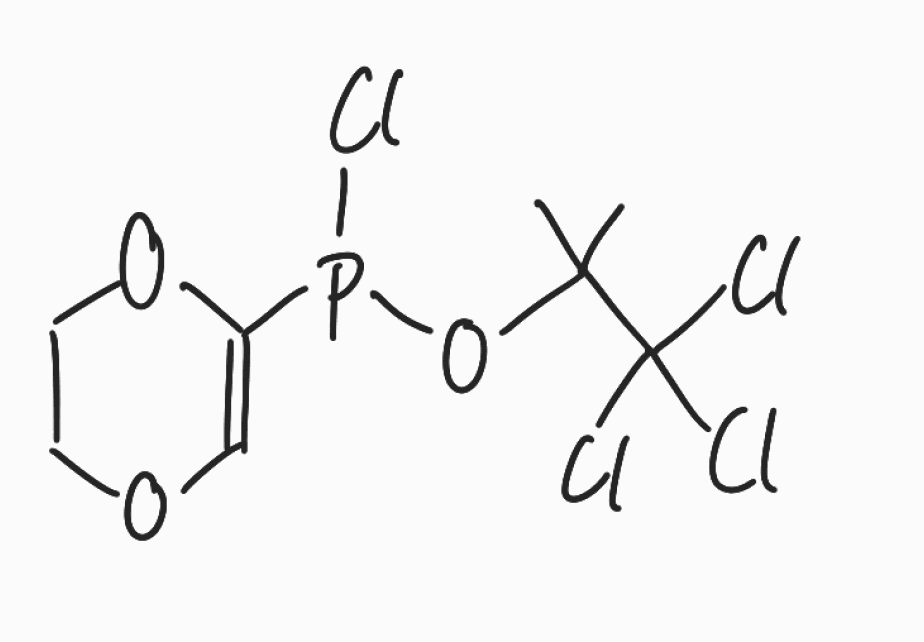
Simplified molecular-input line-entry system (SMILES) notation of the given molecule:
CC(C)(C(Cl)(Cl)Cl)OP(C1=COCCO1)Cl